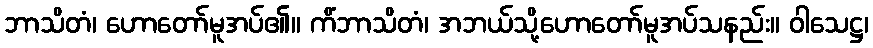
ဘာသိတံ၊ ဟောတော်မူအပ်၏။ ကိံဘာသိတံ၊ အဘယ်သို့ဟောတော်မူအပ်သနည်း။ ဝါသေဋ္ဌ၊